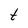
Character: t